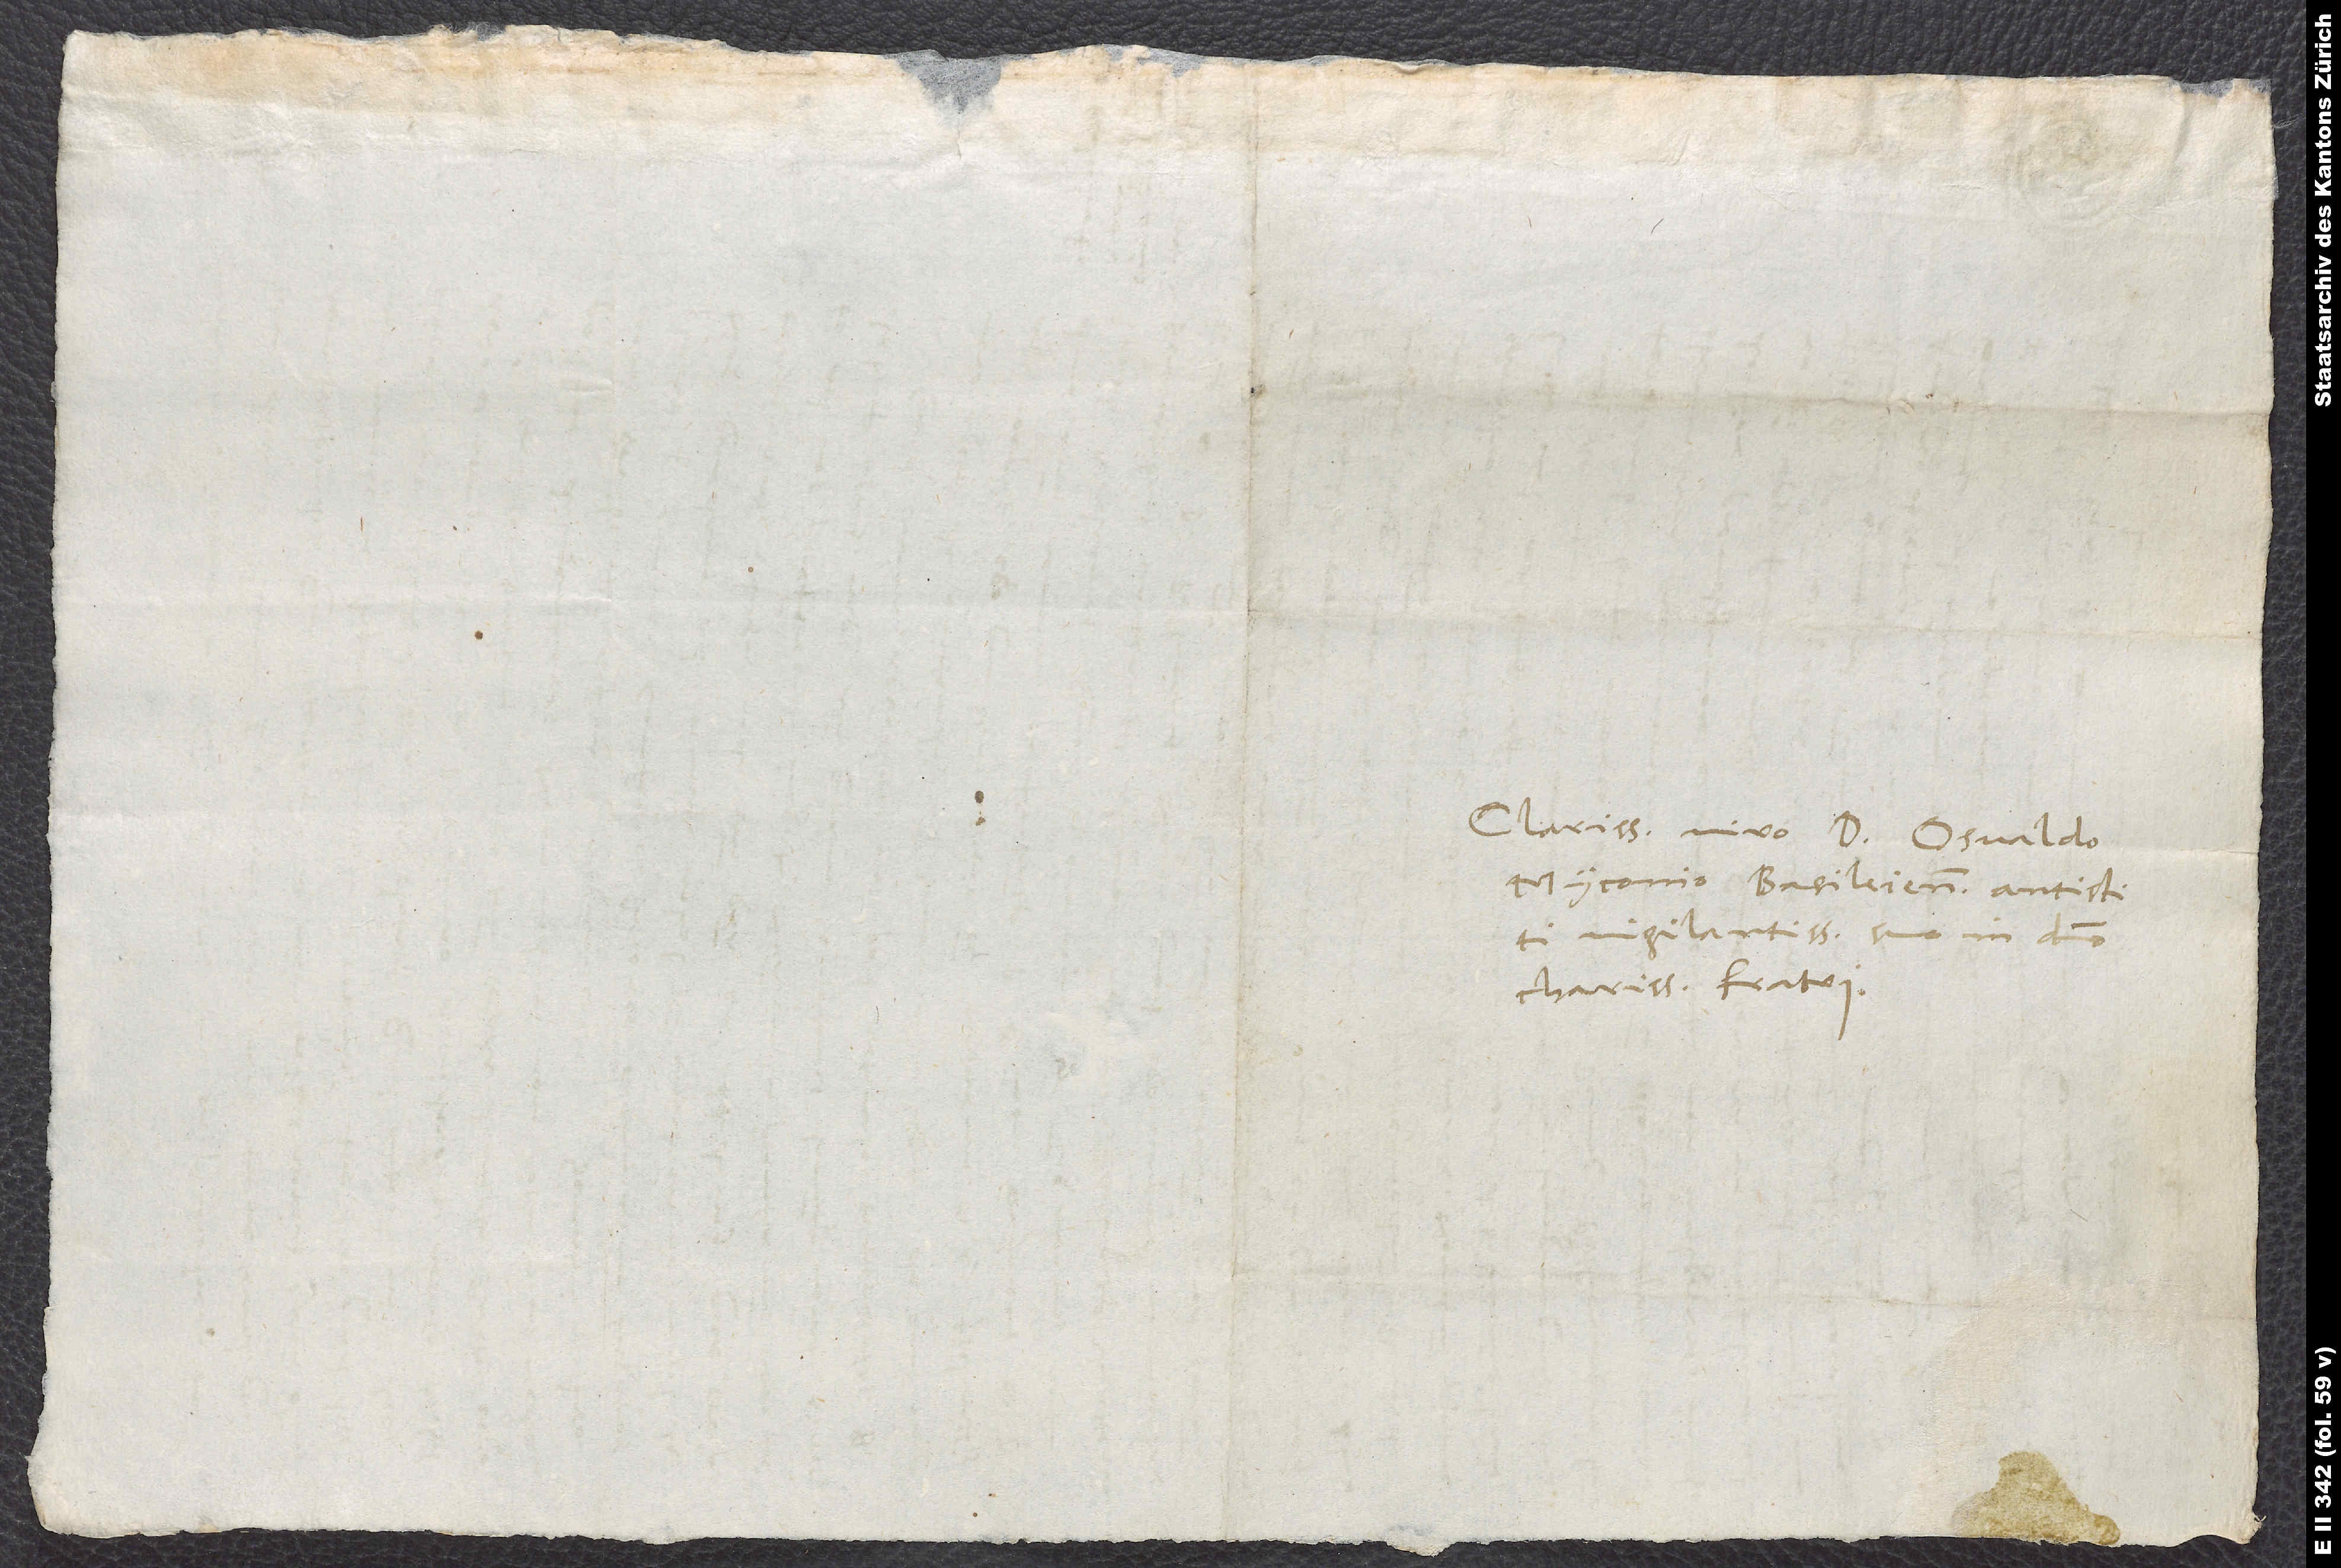
Charissimo viro d. Osvaldo
Myconio, Basileiensium antistiti
vigilantissimo, suo in domino
charissimo fratri.